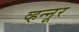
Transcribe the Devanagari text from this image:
व्हन्नूर